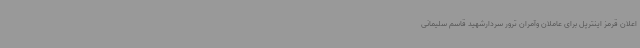
اعلان قرمز اینترپل برای عاملان وآمران ترور سردارشهید قاسم سلیمانی